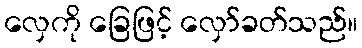
လှေကို ခြေဖြင့် လှော်ခတ်သည်။